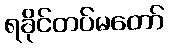
ရခိုင်တပ်မတော်